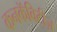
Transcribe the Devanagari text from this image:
कनकॅविटीज़